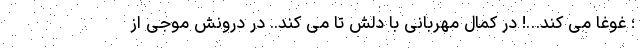
؛ غوغا می کند…! در کمال مهربانی با دلش تا می کند.. در درونش موجی از